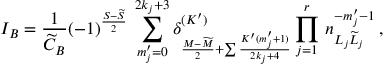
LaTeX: I _ { B } = \frac { 1 } { \widetilde C _ { B } } ( - 1 ) ^ { \frac { S - \widetilde { S } } { 2 } } \: \sum _ { m _ { j } ^ { \prime } = 0 } ^ { 2 k _ { j } + 3 } \delta _ { \frac { M - \widetilde { M } } { 2 } + \sum \frac { K ^ { \prime } ( m _ { j } ^ { \prime } + 1 ) } { 2 k _ { j } + 4 } } ^ { ( K ^ { \prime } ) } \prod _ { j = 1 } ^ { r } \: n _ { L _ { j } \widetilde { L } _ { j } } ^ { - m _ { j } ^ { \prime } - 1 } \: ,